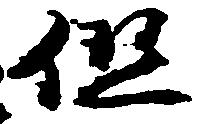
但